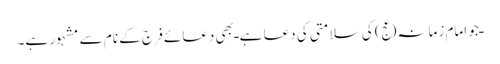
ـ جو امام زمانہ(عج) کی سلامتی کی دعا ہے ـ بھی دعائے فَرَج کے نام سے مشہور ہے۔